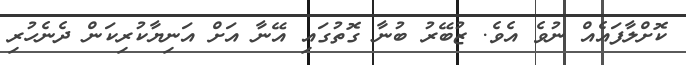
ކޮށްލާފައެއް ނުވެ އެވެ. ޒުބޭރު ބުނާ ގޮތުގައި އޭނާ އަށް އަނިޔާކުރިކަން ދެނެހުރި